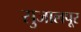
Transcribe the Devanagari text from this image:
सुजालपूर